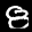
Label: 8